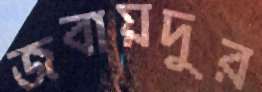
জবায়দুর